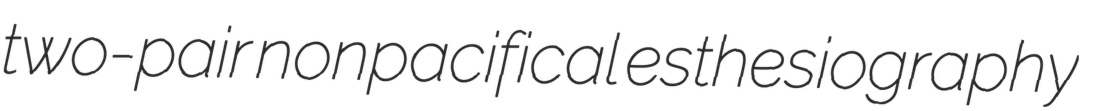
two-pair nonpacifical esthesiography